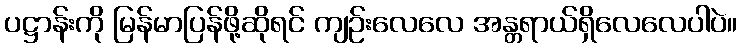
ပဋ္ဌာန်းကို မြန်မာပြန်ဖို့ဆိုရင် ကျဉ်းလေလေ အန္တရာယ်ရှိလေလေပါပဲ။